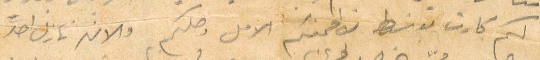
لكم كارب بوسطة لاطمنكم الأول وصلكم والان نازل احد